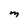
Character: M